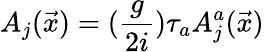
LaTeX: A_{j}(\vec{x})=(\frac{g}{2i})\tau_{a}A_{j}^{a}(\vec{x})